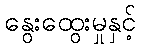
နွေးထွေးမှုနှင့်